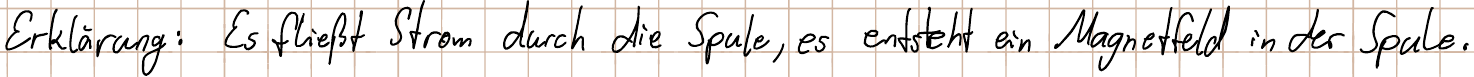
Erklärung: Es fließt Strom durch die Spule, es entsteht ein Magnetfeld in der Spule.